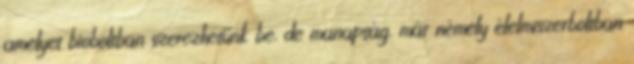
amelyet bioboltban szerezhetünk be, de manapság, már némely élelmiszerboltban